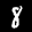
Label: 8